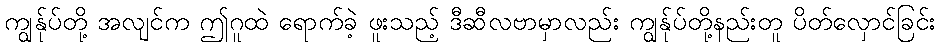
ကျွန်ုပ်တို့ အလျင်က ဤဂူထဲ ရောက်ခဲ့ ဖူးသည့် ဒီဆီလဗာမှာလည်း ကျွန်ုပ်တို့နည်းတူ ပိတ်လှောင်ခြင်း